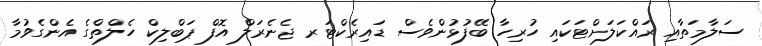
ސަލާމަތާއި ރައްކަލަށްޓަކައި ހުރިހާ ބޭފުޅުންވެސް ޑައިރެކްޓަރ ޖެނެރަލް އޮފް ޕަބްލިކް ހެލްތްގެ އެންގެވުމާ